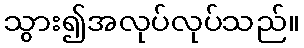
သွား၍အလုပ်လုပ်သည်။